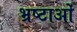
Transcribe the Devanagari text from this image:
भ्रष्टाओं